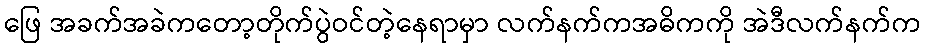
ဖြေ အခက်အခဲကတော့တိုက်ပွဲဝင်တဲ့နေရာမှာ လက်နက်ကအဓိကကို အဲဒီလက်နက်က